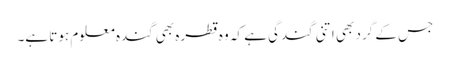
جس کے گرد بھی اتنی گندگی ہے کہ وہ قطرہ بھی گندہ معلوم ہوتا ہے۔